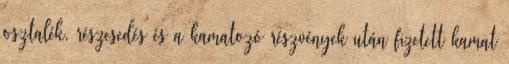
osztalék, részesedés és a kamatozó részvények után fizetett kamat